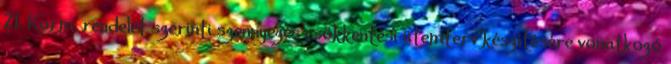
21. Korm. rendelet szerinti szennyezés csökkentési ütemterv készítésére vonatkozó